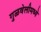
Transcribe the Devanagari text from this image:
गुळवेलीमध्ये